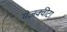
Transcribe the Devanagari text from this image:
मेज़क्वीटा